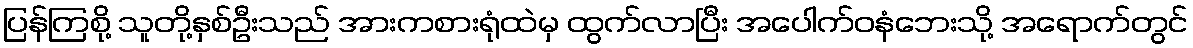
ပြန်ကြစို့ သူတို့နှစ်ဦးသည် အားကစားရုံထဲမှ ထွက်လာပြီး အပေါက်ဝနံဘေးသို့ အရောက်တွင်